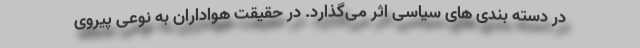
در دسته بندی های سیاسی اثر می‌گذارد. در حقیقت هواداران به نوعی پیروی